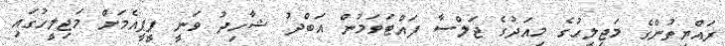
ރައްޔިތުންގެ މަޖިލީހުގެ މިއަދުގެ ޖަލްސާ ފައްޓަވަމުން އަބްދު ޝާހިދު ވަނީ ޕީޕީއެމަށް މަޖިލީހުގައި